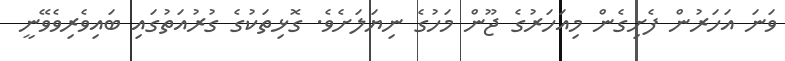
ވަނަ އަހަރުން ފެށިގެން މިއަހަރުގެ ޖޫން މަހުގެ ނިޔަލަށެވެ. ގޮޅިތަކުގެ ގުރުއަތުގައި ބައިވެރިވެވޭނީ